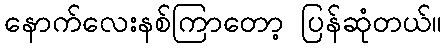
နောက်လေးနစ်ကြာတော့ ပြန်ဆုံတယ်။